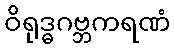
ဝိရုဒ္ဓဂဗ္ဘကရဏံ